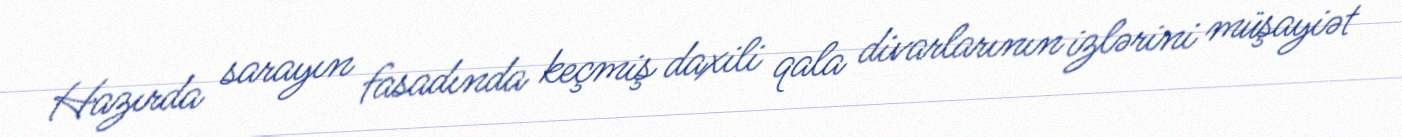
Hazırda sarayın fasadında keçmiş daxili qala divarlarının izlərini müşayiət